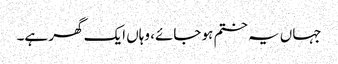
جہاں یہ ختم ہو جائے، وہاں ایک گھر ہے۔